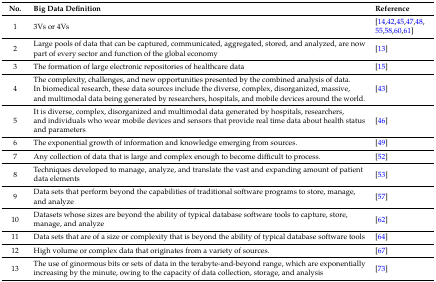
<table><thead><tr><td><b>No.</b></td><td><b>Big Data Definition</b></td><td><b>Reference</b></td></tr></thead><tbody><tr><td>1</td><td>3Vs or 4Vs</td><td>[14,42,45,47,48,55,58,60,61]</td></tr><tr><td>2</td><td>Large pools of data that can be captured, communicated, aggregated, stored, and analyzed, are now part of every sector and function of the global economy</td><td>[13]</td></tr><tr><td>3</td><td>The formation of large electronic repositories of healthcare data</td><td>[15]</td></tr><tr><td>4</td><td>The complexity, challenges, and new opportunities presented by the combined analysis of data. In biomedical research, these data sources include the diverse, complex, disorganized, massive, and multimodal data being generated by researchers, hospitals, and mobile devices around the world.</td><td>[43]</td></tr><tr><td>5</td><td>It is diverse, complex, disorganized and multimodal data generated by hospitals, researchers, and individuals who wear mobile devices and sensors that provide real time data about health status and parameters</td><td>[46]</td></tr><tr><td>6</td><td>The exponential growth of information and knowledge emerging from sources.</td><td>[49]</td></tr><tr><td>7</td><td>Any collection of data that is large and complex enough to become difficult to process.</td><td>[52]</td></tr><tr><td>8</td><td>Techniques developed to manage, analyze, and translate the vast and expanding amount of patient data elements</td><td>[53]</td></tr><tr><td>9</td><td>Data sets that perform beyond the capabilities of traditional software programs to store, manage, and analyze</td><td>[57]</td></tr><tr><td>10</td><td>Datasets whose sizes are beyond the ability of typical database software tools to capture, store, manage, and analyze</td><td>[62]</td></tr><tr><td>11</td><td>Data sets that are of a size or complexity that is beyond the ability of typical database software tools</td><td>[64]</td></tr><tr><td>12</td><td>High volume or complex data that originates from a variety of sources.</td><td>[67]</td></tr><tr><td>13</td><td>The use of ginormous bits or sets of data in the terabyte-and-beyond range, which are exponentially increasing by the minute, owing to the capacity of data collection, storage, and analysis</td><td>[73]</td></tr></tbody></table>